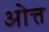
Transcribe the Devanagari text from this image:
ओत्त